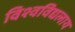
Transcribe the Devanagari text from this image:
विश्वविद्यलाय